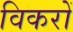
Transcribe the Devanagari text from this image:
विकरों